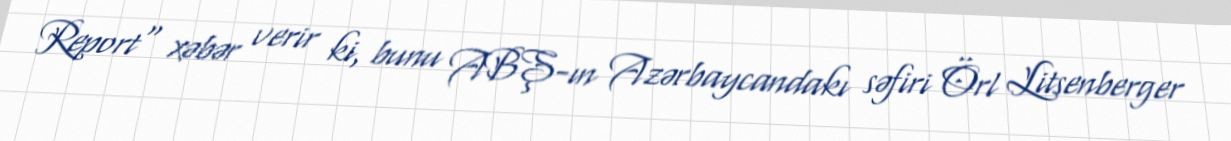
Report" xəbər verir ki, bunu ABŞ-ın Azərbaycandakı səfiri Örl Litsenberger